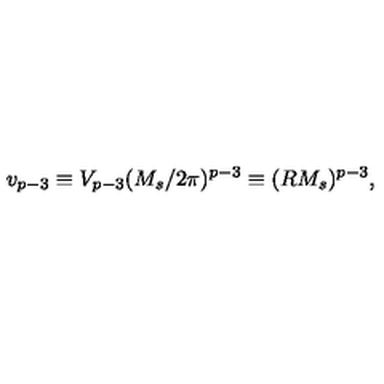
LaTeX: v _ { p - 3 } \equiv V _ { p - 3 } ( M _ { s } / 2 \pi ) ^ { p - 3 } \equiv ( R M _ { s } ) ^ { p - 3 } ,